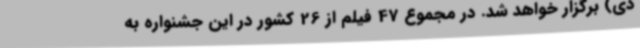
دی) برگزار خواهد شد. در مجموع 47 فیلم از 26 کشور در این جشنواره به